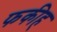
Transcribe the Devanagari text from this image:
फकीह